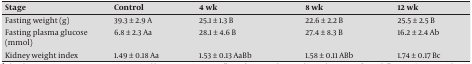
| Stage | Control | 4 wk | 8 wk | 12 wk |
 | --- | --- | --- | --- | --- |
 | Fasting weight (g) | 39.3 ± 2.9 A | 25.1 ± 1.3 B | 22.6 ± 2.2 B | 25.5 ± 2.5 B |
 | Fasting plasma glucose (mmol) | 6.8 ± 2.3 Aa | 28.1 ± 4.6 B | 27.4 ± 8.3 B | 16.2 ± 2.4 Ab |
 | Kidney weight index | 1.49 ± 0.18 Aa | 1.53 ± 0.13 AaBb | 1.58 ± 0.11 ABb | 1.74 ± 0.17 Bc |